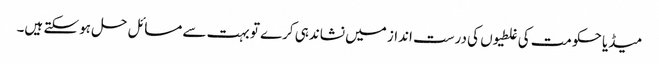
میڈیا حکومت کی غلطیوں کی درست انداز میں نشاندہی کرے تو بہت سے مسائل حل ہو سکتے ہیں۔